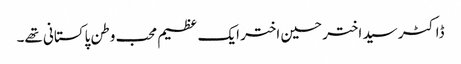
ڈاکٹر سید اختر حسین اختر ایک عظیم محب وطن پاکستانی تھے۔